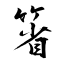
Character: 箵